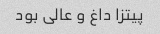
پیتزا داغ و عالی بود